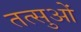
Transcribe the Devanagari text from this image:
तत्सुओं